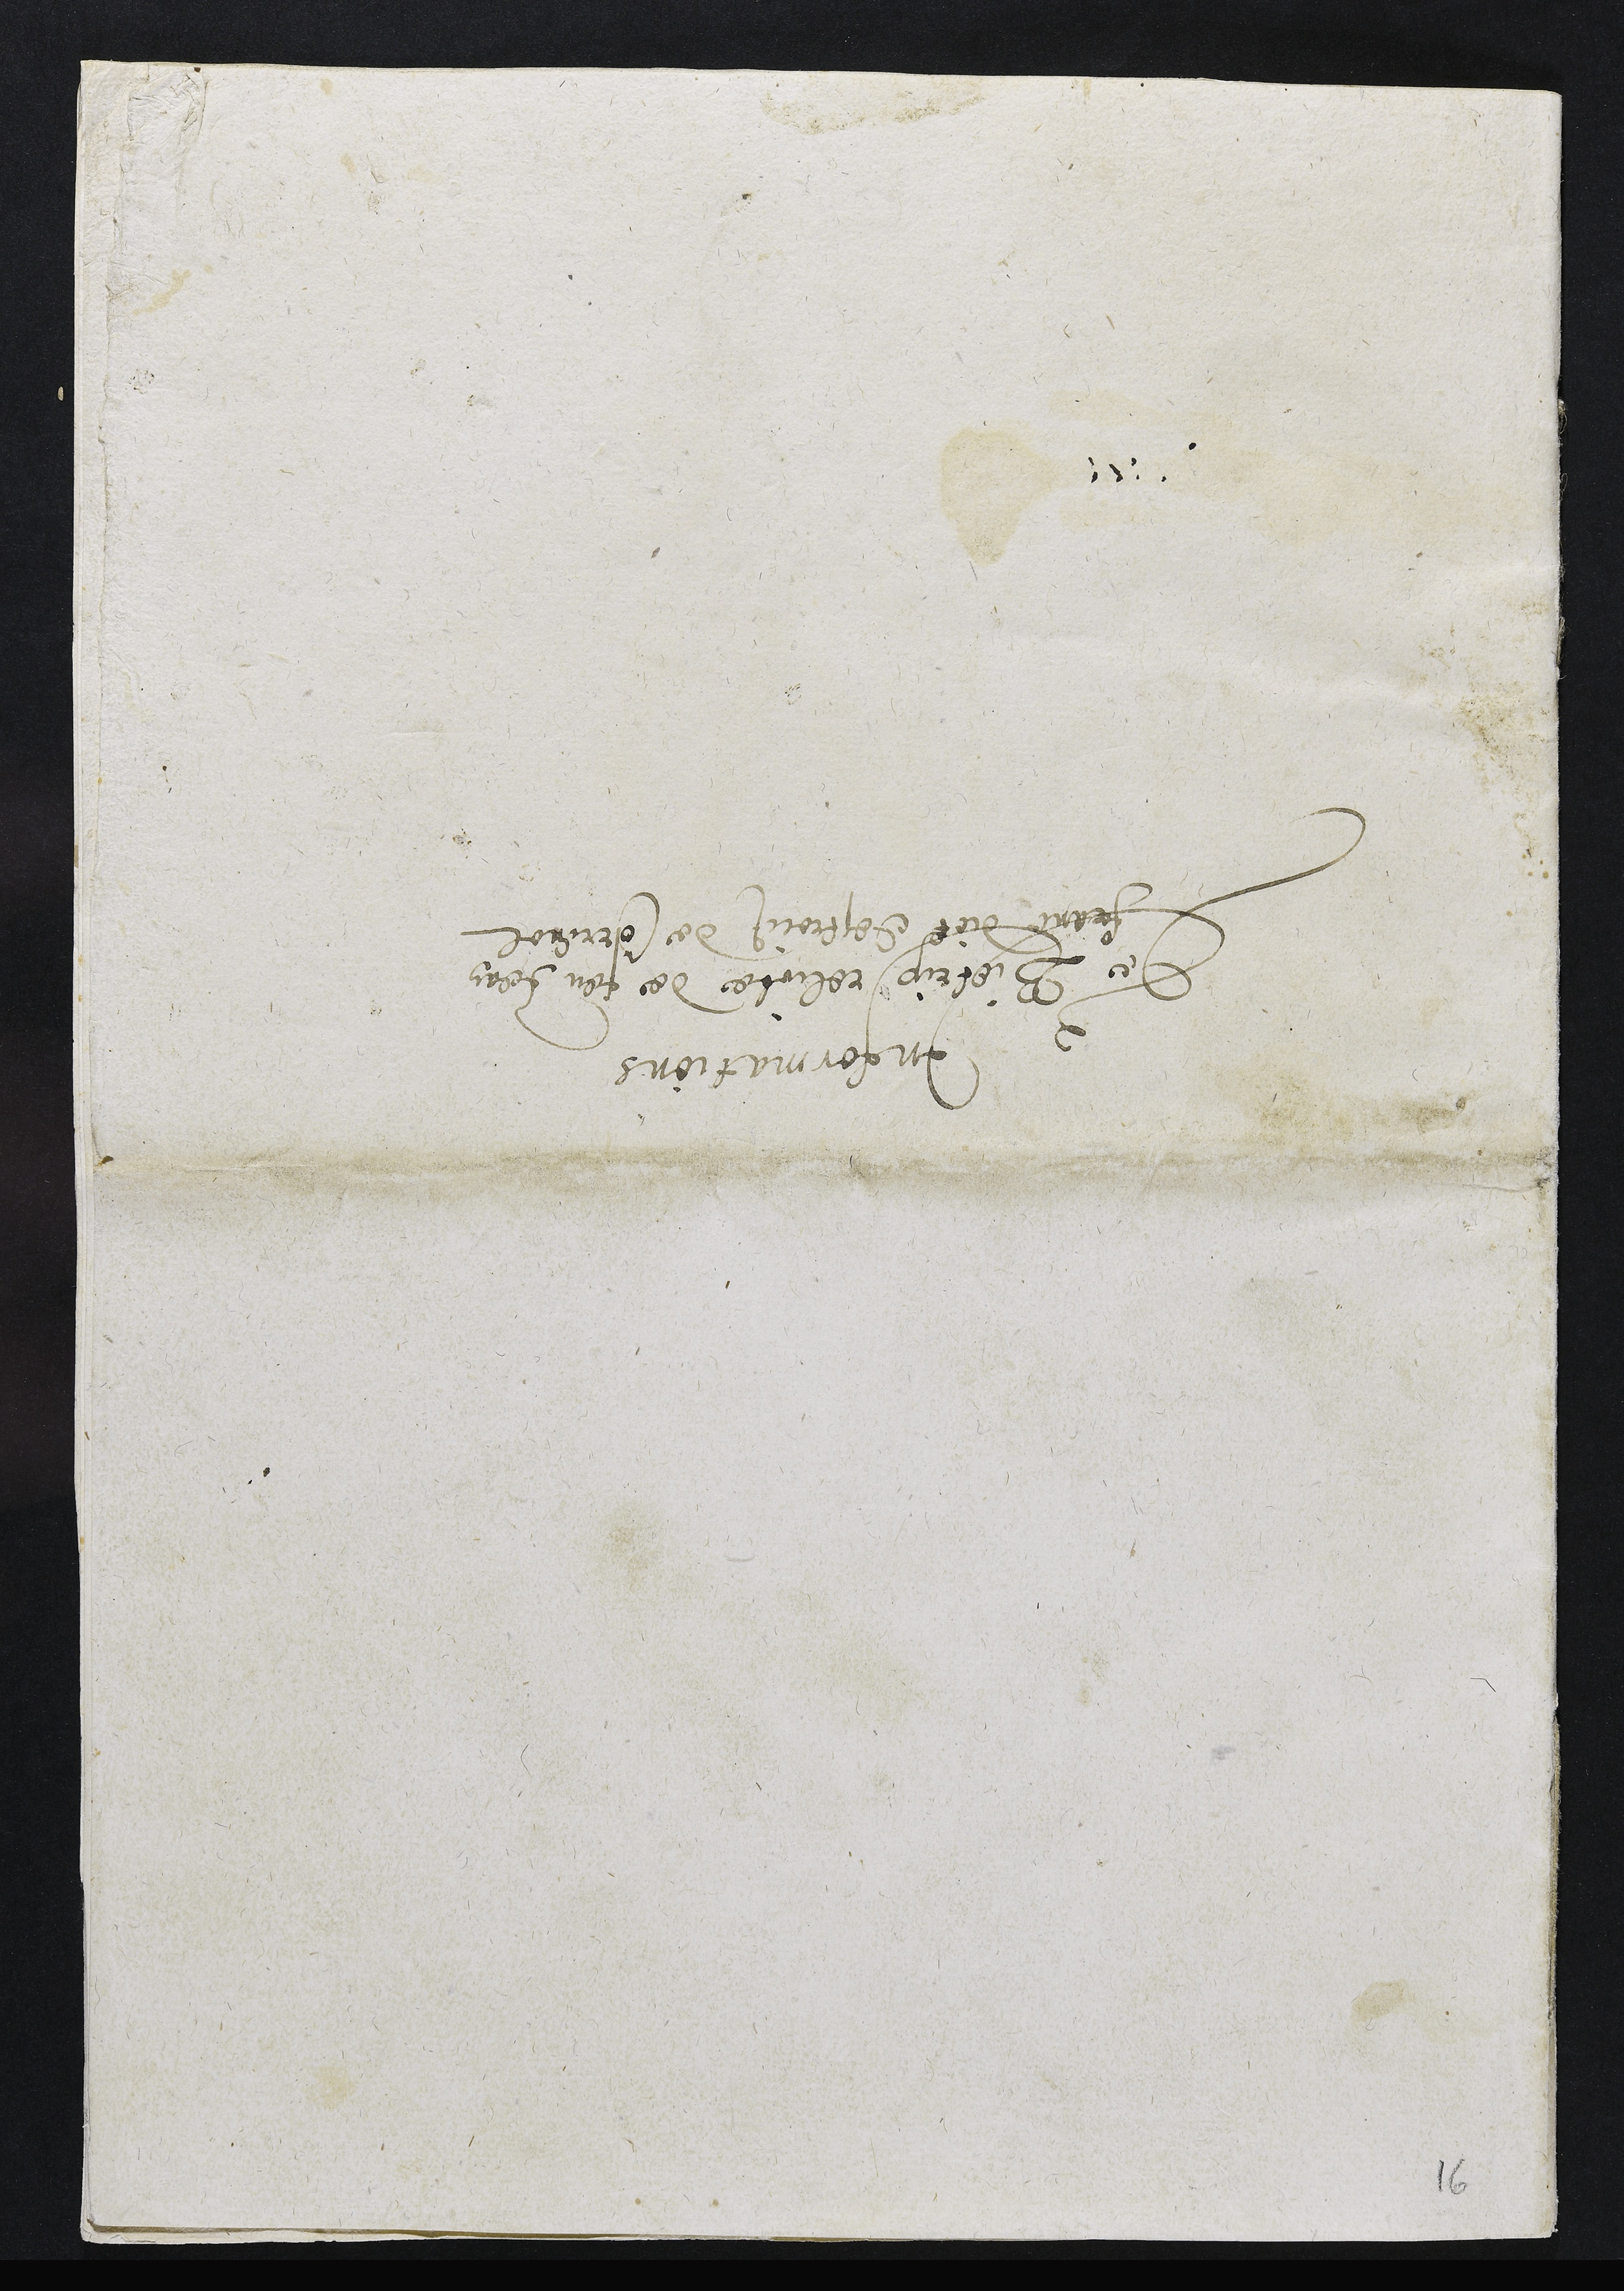
Informations
De Bietrix relicte de feu Jean
franc dict Destrois de Correnol